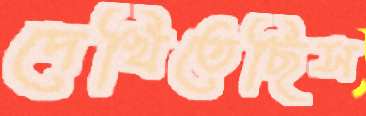
দেখিতেছিস